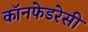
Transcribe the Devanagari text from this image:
कॉनफेडरेसी